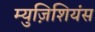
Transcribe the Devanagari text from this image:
म्युज़िशियंस